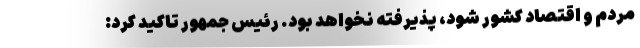
مردم و اقتصاد کشور شود، پذیرفته نخواهد بود. رئیس جمهور تاکید کرد: